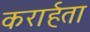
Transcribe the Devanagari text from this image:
करार्हता